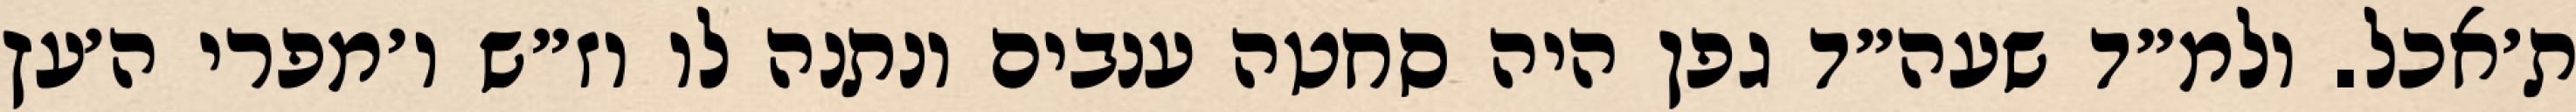
ת׳אכל. ולמ״ד שעה״ד גפן היה סחטה ענבים ונתנה לו וז״ש ו׳מפרי ה׳עץ